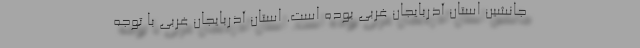
جانشین استان آذربایجان غربی بوده است. استان آذربایجان غربی با توجه